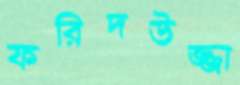
ফরিদউজ্জা